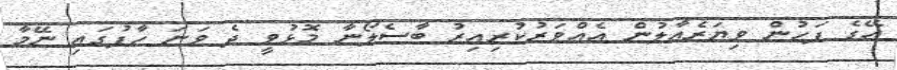
އޭގެ ފަހުން ވިޔަރެއާލުން އެއްވަރުކުރިއިރު ބާސެލޯނާ މޮޅުވީ ދެ ވަނަ ހާފުގައި ނޭމާ